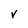
Character: V